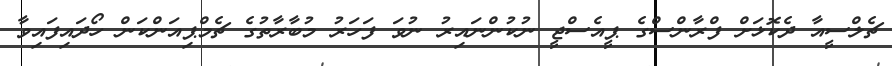
ޗެލްސީއާ ދެކޮޅަށް ފްރާންސްގެ ޕީއެސްޖީ ނުކުންނައިރު ނުވަ ފަހަރު މުބާރާތުގެ ޗެމްޕިއަންކަން ހޯދައިފައިވާ